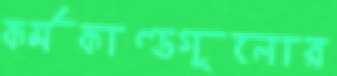
কর্মকাণ্ডগুলোর